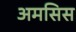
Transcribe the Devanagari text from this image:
अमसिस